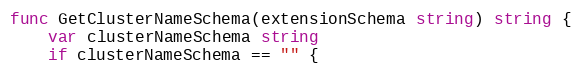
Language: Go
func GetClusterNameSchema(extensionSchema string) string {
	var clusterNameSchema string
	if clusterNameSchema == "" {